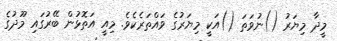
މީދާ މިޔަރު ()ނުވަތަ ()އަކީ މިޔަރުގެ ވައްތަރެކެވެ. މިއީ އަތޮޅުން ބޭރުގައި މޫދުގެ